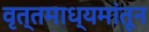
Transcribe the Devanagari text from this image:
वृत्तमाध्यमांतून